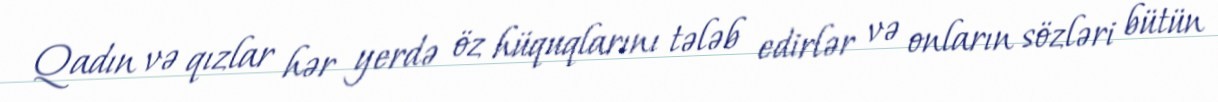
Qadın və qızlar hər yerdə öz hüquqlarını tələb edirlər və onların sözləri bütün